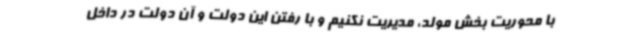
با محوریت بخش مولد، مدیریت نکنیم و با رفتن این دولت و آن دولت در داخل